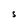
Character: S